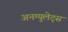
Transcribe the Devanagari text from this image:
अनग्युलेट्स